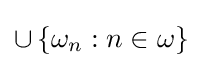
\cup \,\{\omega _{n}:n\in \omega \}